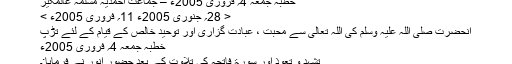
خطبہ جمعہ 4؍ فروری 2005ء – جماعت احمدیہ مسلمہ عالمگیر
< 28؍ جنوری 2005ء 11؍ فروری 2005ء >
آنحضرت صلی اللہ علیہ وسلم کی اللہ تعالیٰ سے محبت ، عبادت گزاری اور توحید خالص کے قیام کے لئے تڑپ
خطبہ جمعہ 4؍ فروری 2005ء
تشہد و تعوذ اور سورۃ فاتحہ کی تلاوت کے بعد حضور انور نے فرمایا:۔